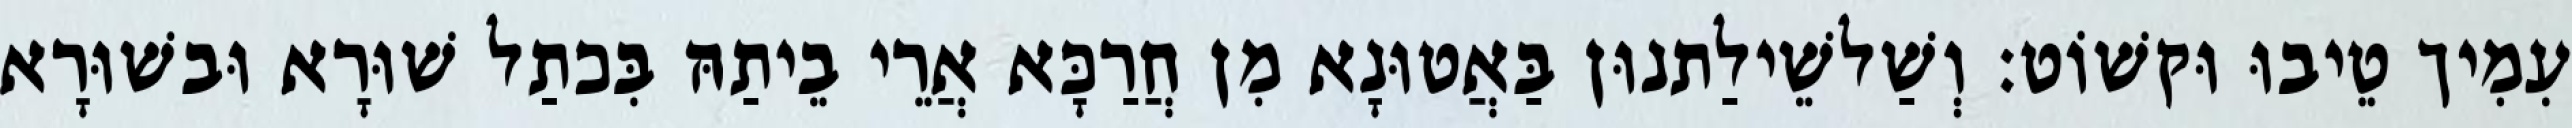
עִמִיך טֵיבוּ וּקשׁוֹט׃ וְשַׁלשֵׁילַתנוּן בַּאֲטוּנָא מִן חֲרַכָּא אֲרֵי בֵיתַהּ בִּכתַל שׁוּרָא וּבשׁוּרָא